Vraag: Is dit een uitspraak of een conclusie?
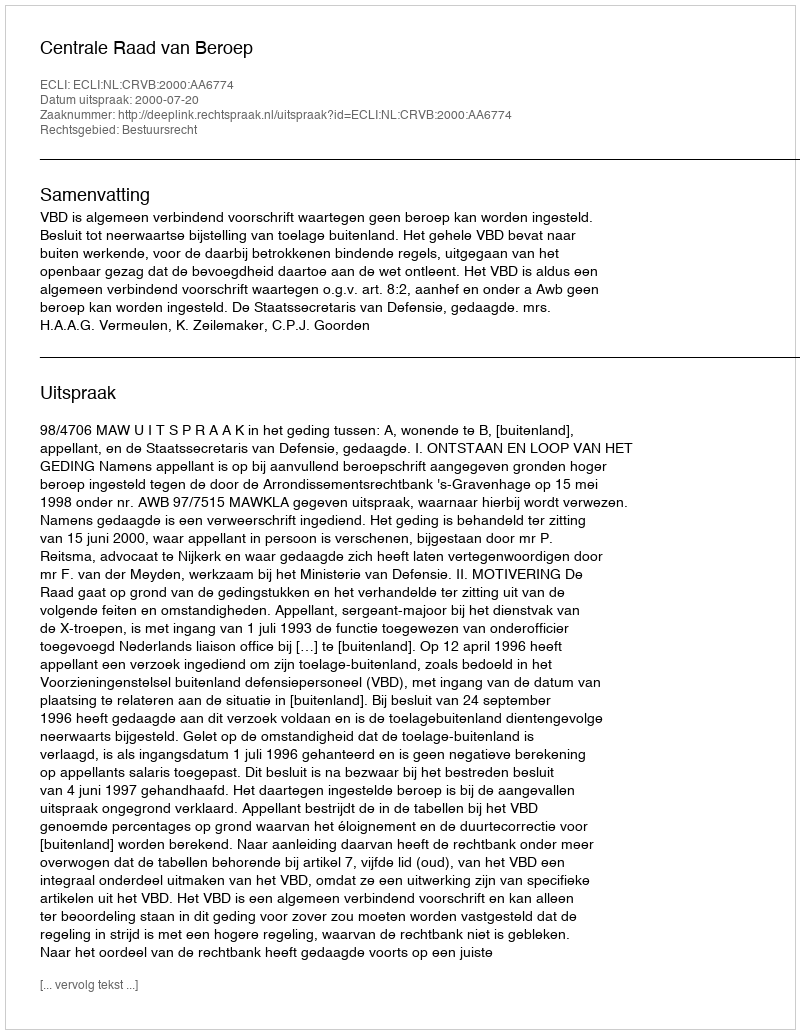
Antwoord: Uitspraak